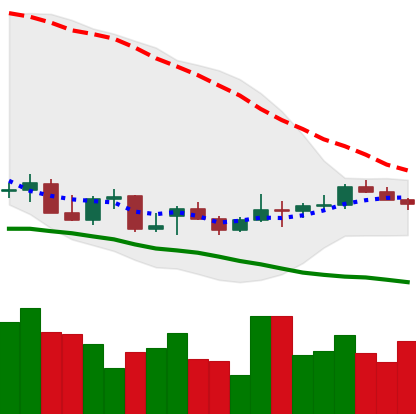
Ticker: LTC-USD
Chart end date: 2021-12-26
Forward return: -6.076%
Label: down_5_7